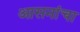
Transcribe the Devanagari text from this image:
आसनांचा